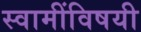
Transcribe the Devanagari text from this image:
स्वामींविषयी